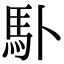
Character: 𩡭